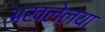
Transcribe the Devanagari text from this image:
अखलेलया